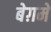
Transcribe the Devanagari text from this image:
बेग़में